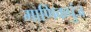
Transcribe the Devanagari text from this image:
माणिकपुंज